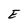
Character: E